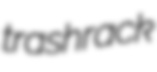
trashrack